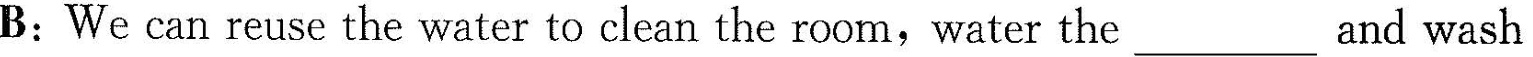
B:We can reuse the water to clean the room,water the_-and wash